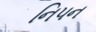
નિપન